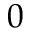
0